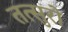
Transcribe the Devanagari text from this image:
तत्सुरो